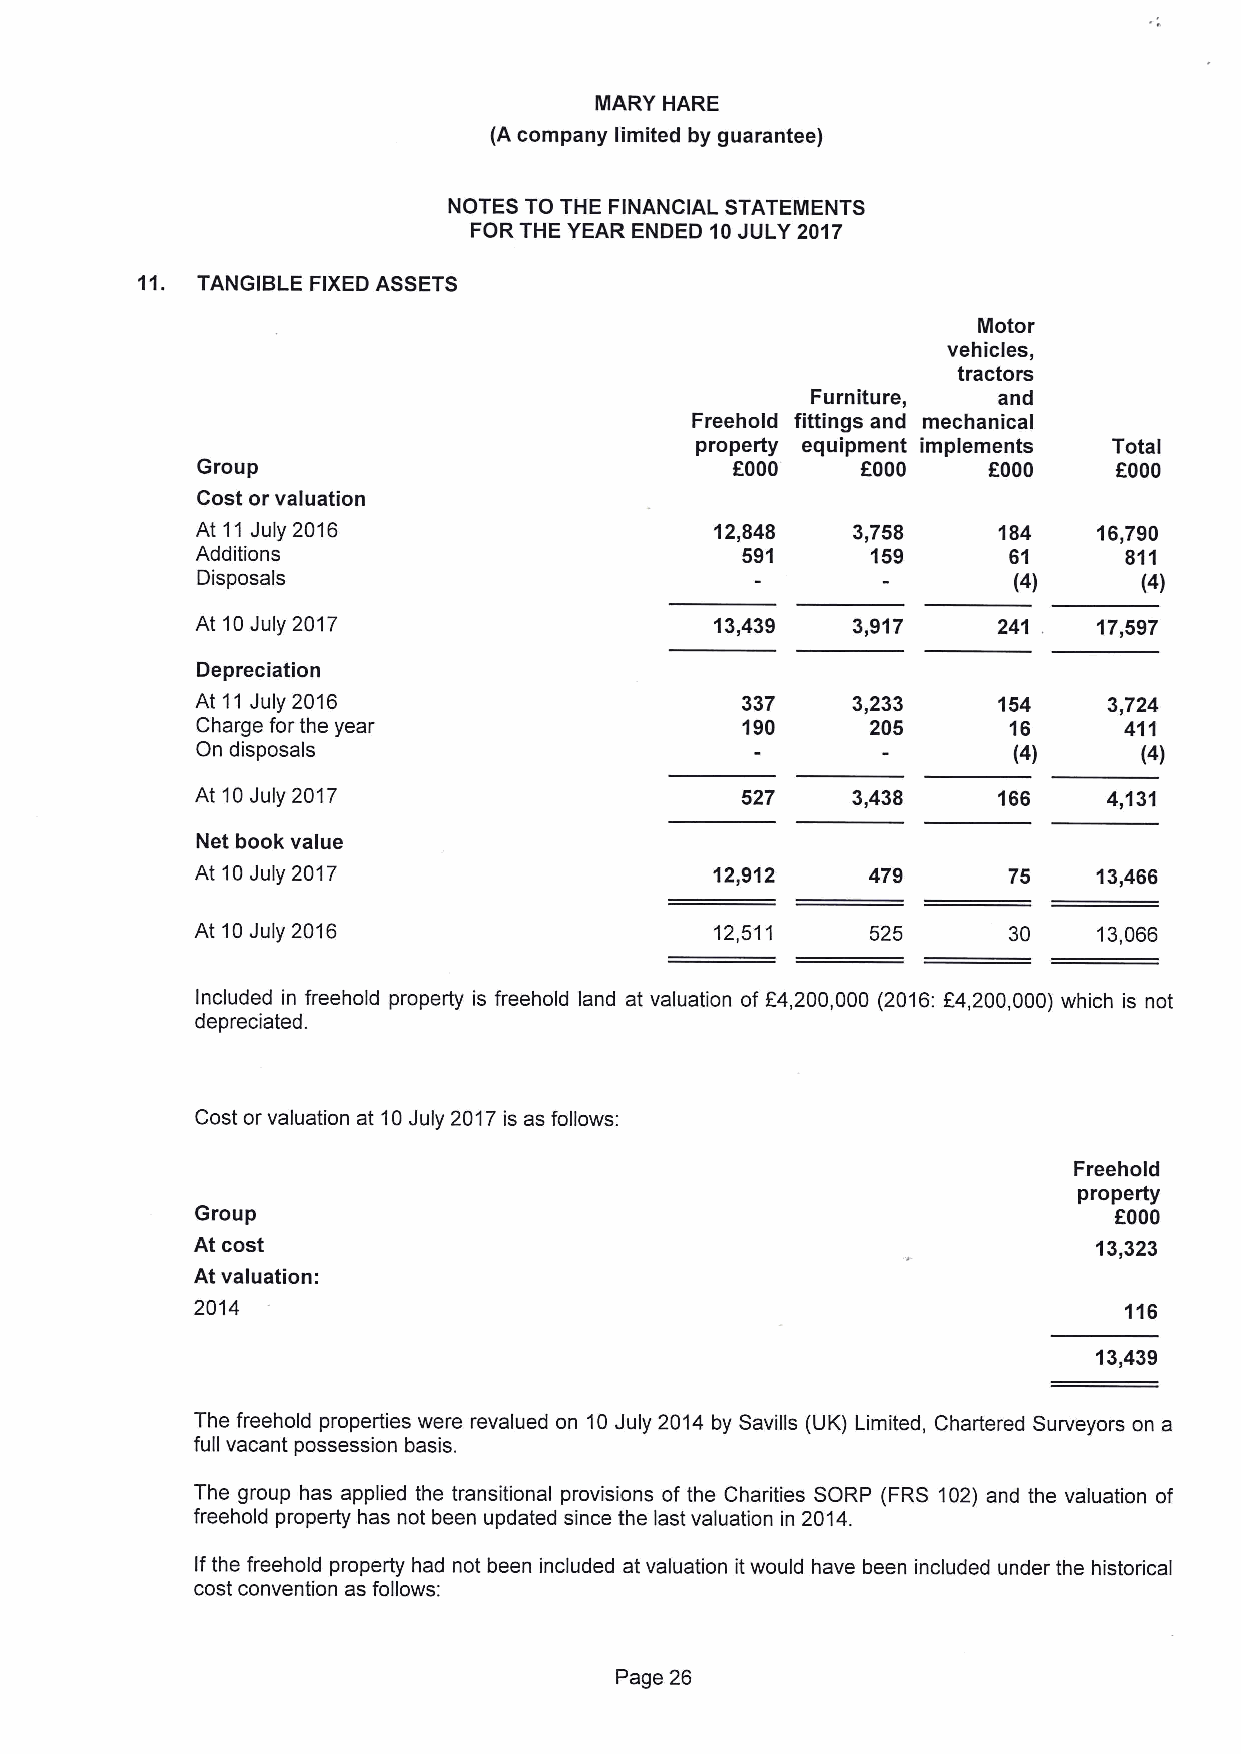
MARY HARE
 (A company limited by guarantee)
 NOTES TO THE FINANCIAL STATEMENTS
 FOR THE YEAR ENDED 10JULY 2017
 11. TANGIBLE FIXEDASSETS
 Motor
 vehicles,
 tractors
 Furniture,  and
 Freehold fittings and mechanical
 property equipment implements Total
 Group                                       f000             f000
 OOOO             OOOO
 Cost or valuation
 At 11July 2016                    12,848   3,758     184    16,790
 Additions                           591      159      61     811
 Disposals                                             (4)      (4)
 At 10July 2017                    13,439   3,917     241 .  17,597
 Depreciation
 At 11July 2016                      337    3233      154    3,724
 Charge for the year                 190      205      16     411
 On disposals                                          (4)      (4)
 At 10July 2017                      527    3,438     166    4,131
 Net book value
 At 10July 2017                    12,912    479       75    13,466
 At 10July 2016                    12,511     525      30    13,066
 Included in freehold property is freehold land at valuation of E4,200,000 (2016:E4,200,000) which is not
 depreciated.
 Cost or valuation at 10July 2017is as follows:
 Freehold
 property
 Group                                                        f000
 At cost                                                    13323
 At valuation:
 2014                                                         116
 13,439
 The freehold properties were revalued on 10July 2014 by Savills (UK) Limited, Chartered Surveyors on a
 full vacant possession basis.
 The group has applied the transitional provisions of the Charities SORP (FRS 102) and the valuation of
 freehold property has not been updated since the last valuation in 2014.
 Ifthe freehold property had not been included at valuation itwould have been included under the historical
 cost convention as follows:
 Page 26